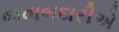
જવાબદારીએ